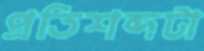
প্রতিশব্দটা